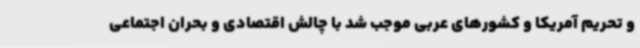
و تحریم آمریکا و کشورهای عربی موجب شد با چالش اقتصادی و بحران اجتماعی